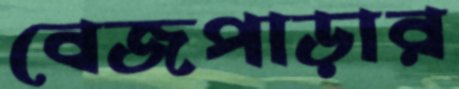
বেজপাড়ার